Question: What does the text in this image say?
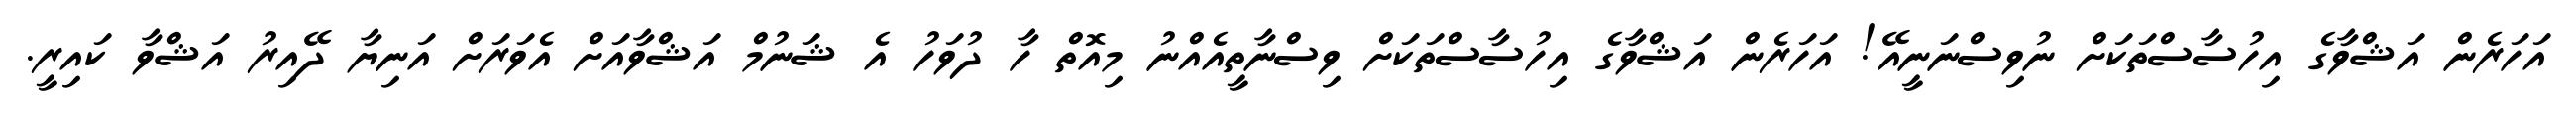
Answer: އަހަރެން އަޝްވާގެ އިހުސާސްތަކަށް ނުވިސްނަނީއޭ! އަހަރެން އަޝްވާގެ އިހުސާސްތަކަށް ވިސްނާތީއެއްނު މިއޮތް ހާ ދުވަހު އެ ޝަނުމް އަޝްވާއަށް އެވަރަށް އަނިޔާ ދޭއިރު އަޝްވާ ކައިރީ.